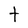
Character: t